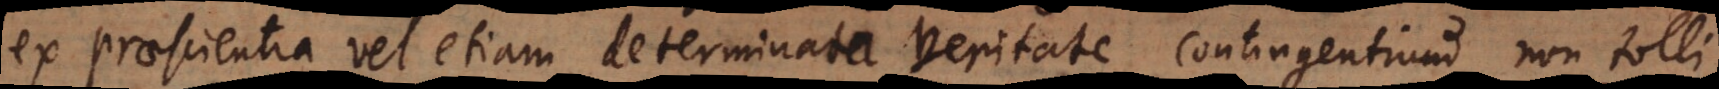
ex praescientia vel etiam determinata veritate contingentium non tolli